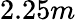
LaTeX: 2.25m